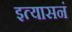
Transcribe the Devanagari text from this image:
इत्यासनं